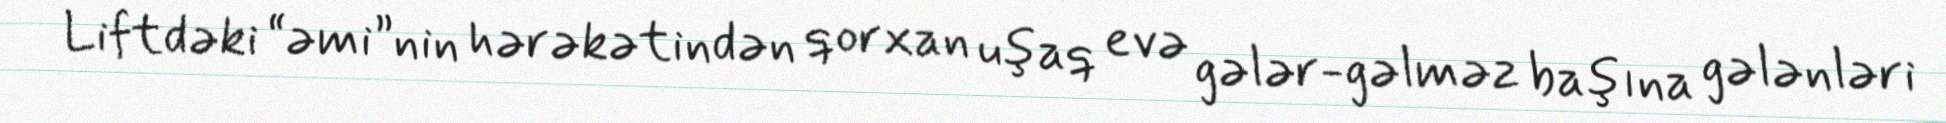
Liftdəki “əmi”nin hərəkətindən qorxan uşaq evə gələr-gəlməz başına gələnləri